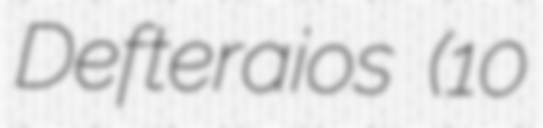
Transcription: Defteraios (10